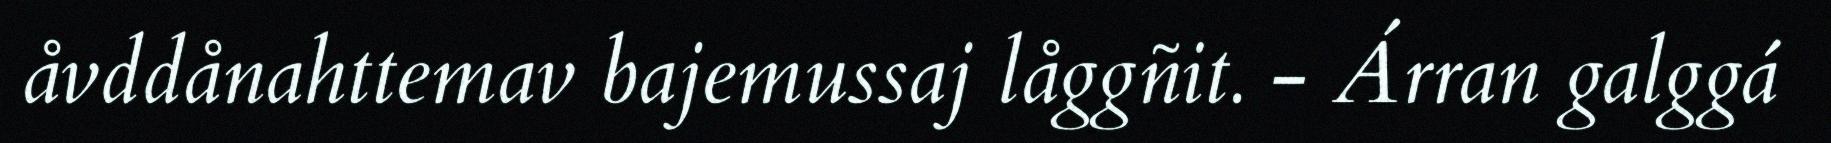
åvddånahttemav bajemussaj låggñit. - Árran galggá